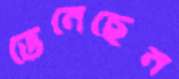
ভেনেছেন